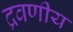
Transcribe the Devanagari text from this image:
द्रवणीय